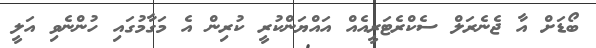
ބޯޑަށް އާ ޖެނެރަލް ސެކްރެޓަރީއެއް އައްޔަންކުރީ ކުރިން އެ މަގާމުގައި ހުންނެވި އަލީ